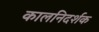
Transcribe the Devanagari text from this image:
कालनिदर्शक